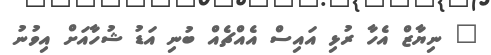
" ނިޔާޒް އެހާ ރުޅި އައިސް އެއްޗެއް ބުނި އަޑު ޝުހާއަށް އިވުނު